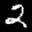
Label: 2